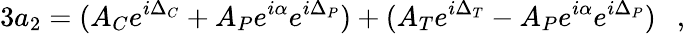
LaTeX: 3a_{2}=(A_{C}e^{i\Delta_{C}}+A_{P}e^{i\alpha}e^{i\Delta_{P}})+(A_{T}e^{i\Delta_{T}}-A_{P}e^{i\alpha}e^{i\Delta_{P}})~~~,